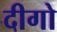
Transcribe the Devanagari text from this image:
दीगो